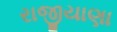
રાજીયાણા